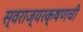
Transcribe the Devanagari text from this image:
स्वराज्यरक्षणची